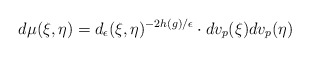
\begin{align*} d\mu(\xi,\eta)=d_\epsilon(\xi,\eta)^{-2h(g)/\epsilon}\cdot dv_p(\xi)dv_p(\eta)\end{align*}